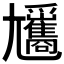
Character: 𡰢